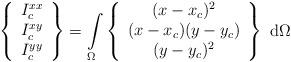
LaTeX: \begin{align*}\left\{ \begin{array}{c} I_c^{xx} \\ I_c^{xy} \\ I_c^{yy} \end{array} \right\} = \int\limits_\Omega \left\{ \begin{array}{c} (x-x_c)^2 \\ (x-x_c)(y-y_c) \\ (y-y_c)^2 \end{array} \right\}~\mathrm{d}\Omega\end{align*}